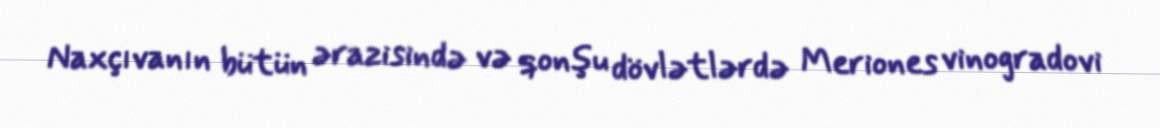
Naxçıvanın bütün ərazisində və qonşu dövlətlərdə Meriones vinogradovi